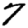
Digit: 7